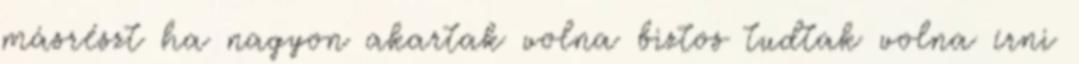
másrészt ha nagyon akartak volna biztos tudtak volna írni